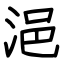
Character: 浥